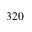
3 2 0